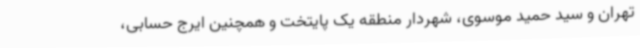
تهران و سید حمید موسوی، شهردار منطقه یک پایتخت و همچنین ایرج حسابی،